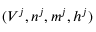
( V ^ { j } , n ^ { j } , m ^ { j } , h ^ { j } )